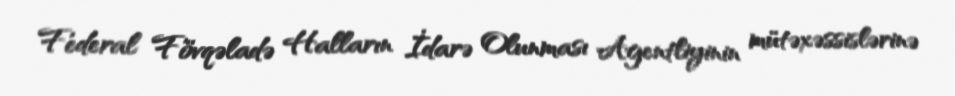
Federal Fövqəladə Halların İdarə Olunması Agentliyinin mütəxəssislərinə